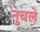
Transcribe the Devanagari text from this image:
नुचले